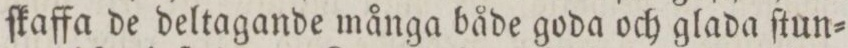
ſkaffa de deltagande många både goda och glada ſtun=